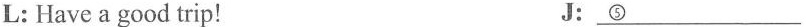
L: Have a good trip! J:\underline{⑤}